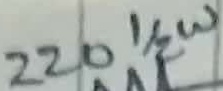
Text: 220 Ω 1/2W